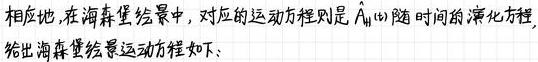
相应地,在海森堡绘景中,对应的运动方程则是 $\hat{A}_{H}(t)$ 随时间的演化方程.
给出海森堡绘景运动方程如下: